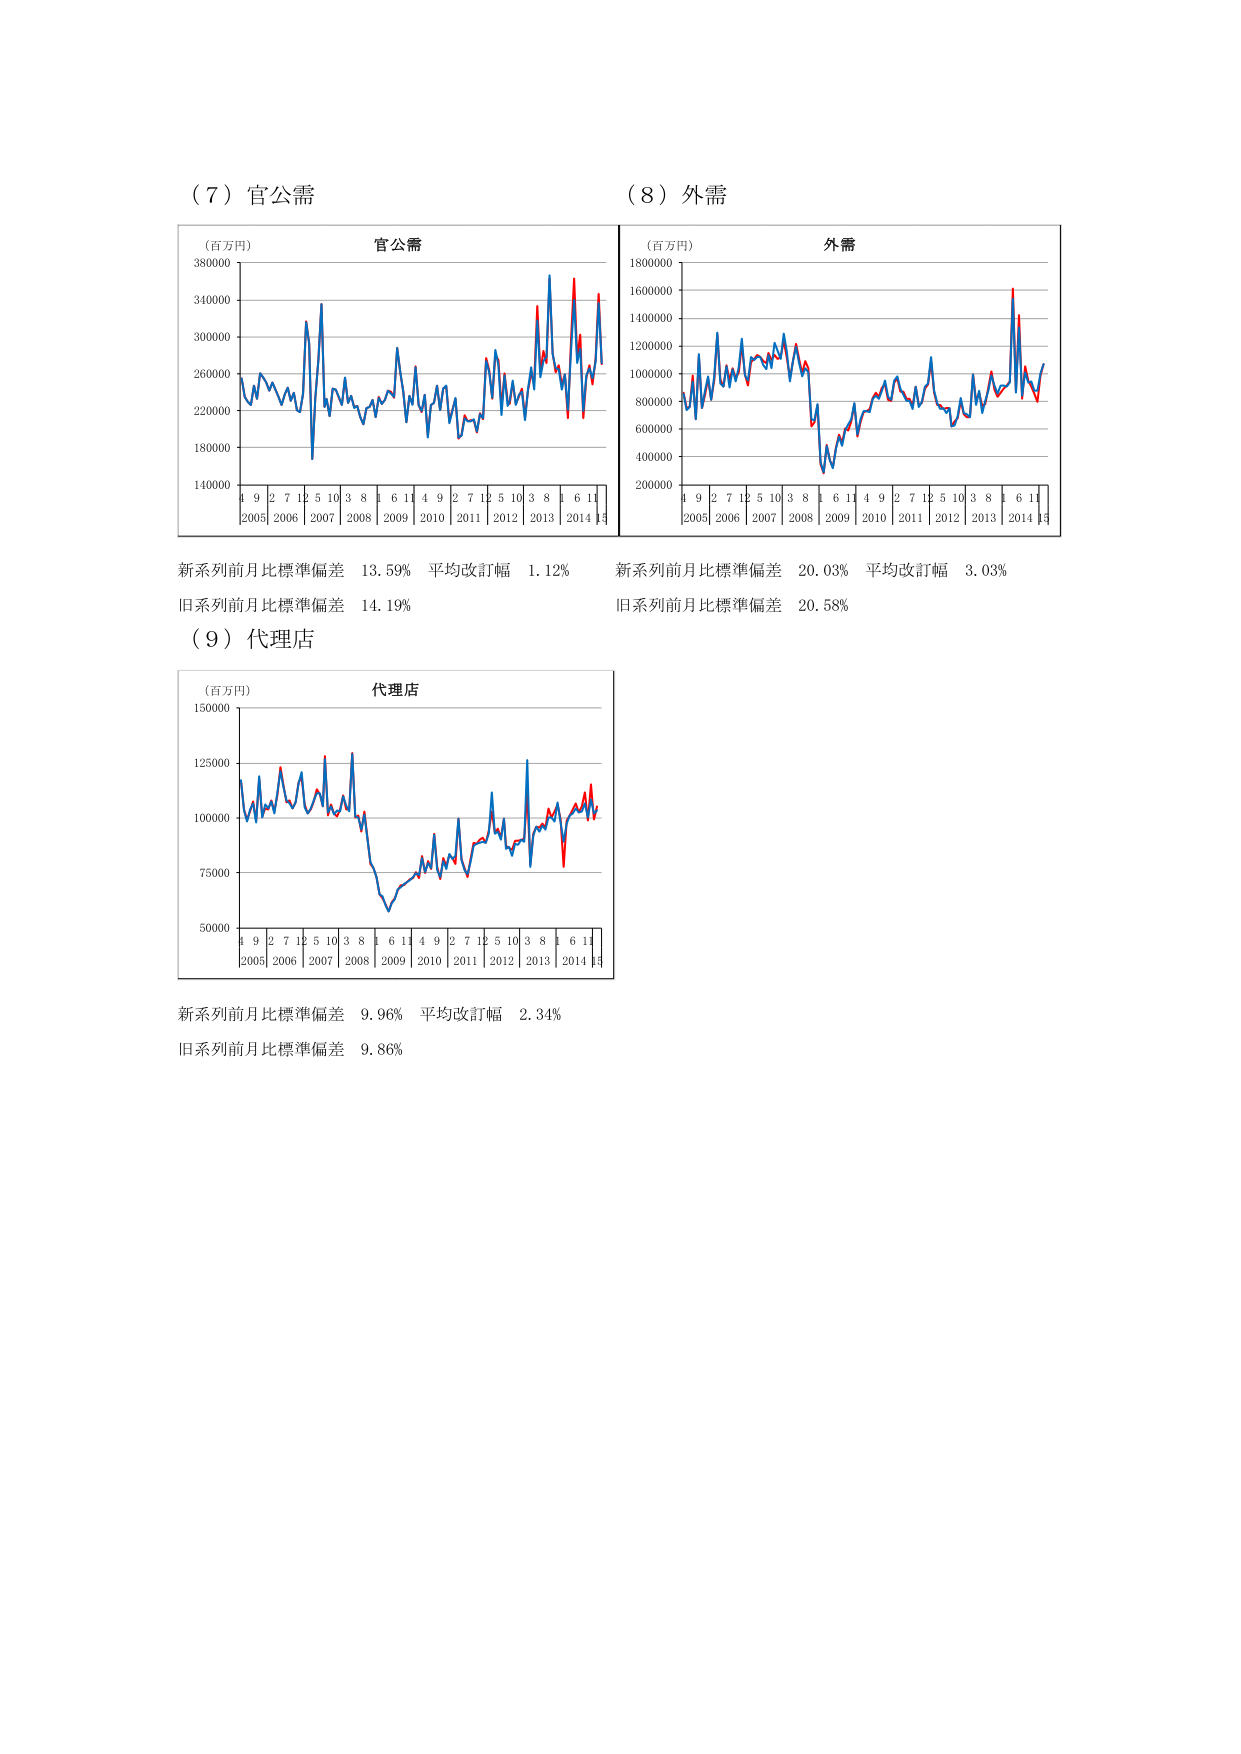
（７）官公需
（百万円）
官公需
380000
340000
300000
260000
220000
180000
140000
4 9 2 7 12 5 10 3 8 1 6 11 4 9 2 7 12 5 10 3 8 1 6 11
2005 2006 2007 2008 2009 2010 2011 2012 2013 2014 4

新系列前月比標準偏差 13.59% 平均改訂幅 1.12%
旧系列前月比標準偏差 14.19%

（８）外需
（百万円）
外需
1800000
1600000
1400000
1200000
1000000
800000
600000
400000
200000
4 9 2 7 12 5 10 3 8 1 6 11 4 9 2 7 12 5 10 3 8 1 6 11
2005 2006 2007 2008 2009 2010 2011 2012 2013 2014 4

新系列前月比標準偏差 20.03% 平均改訂幅 3.03%
旧系列前月比標準偏差 20.58%

（９）代理店
（百万円）
代理店
150000
125000
100000
75000
50000
4 9 2 7 12 5 10 3 8 1 6 11 4 9 2 7 12 5 10 3 8 1 6 11
2005 2006 2007 2008 2009 2010 2011 2012 2013 2014 4

新系列前月比標準偏差 9.96% 平均改訂幅 2.34%
旧系列前月比標準偏差 9.86%